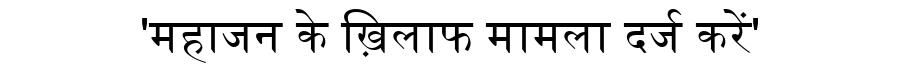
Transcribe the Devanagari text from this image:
'महाजन के ख़िलाफ मामला दर्ज करें'